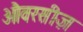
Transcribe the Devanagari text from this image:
औवरसीज़